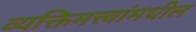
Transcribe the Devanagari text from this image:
व्यक्तिमत्त्वांमधील